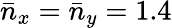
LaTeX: \bar{n}_{x}=\bar{n}_{y}=1.4